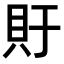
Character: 𫎏